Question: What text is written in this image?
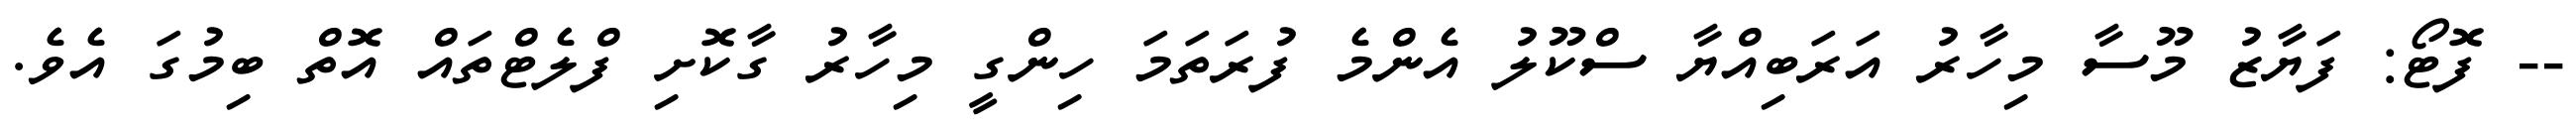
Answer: -- ފޮޓޯ: ފަޔާޒު މޫސާ މިހާރު އަރަބިއްޔާ ސްކޫލު އެންމެ ފުރަތަމަ ހިންގީ މިހާރު ގާކޮށި ފްލެޓްތައް އޮތް ބިމުގަ އެވެ.